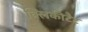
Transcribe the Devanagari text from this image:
क्लिकीटैट